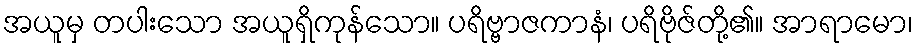
အယူမှ တပါးသော အယူရှိကုန်သော။ ပရိဗ္ဗာဇကာနံ၊ ပရိဗိုဇ်တို့၏။ အာရာမော၊